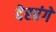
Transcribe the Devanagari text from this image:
देस्ग्रंगे